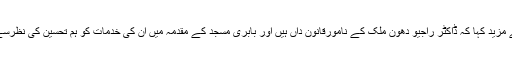
مولانا مدنی نے مزید کہا کہ ڈاکٹر راجیو دھون ملک کے نامورقانون داں ہیں اور بابری مسجد کے مقدمہ میں ان کی خدمات کو ہم تحسین کی نظرسے دیکھتے ہیں۔